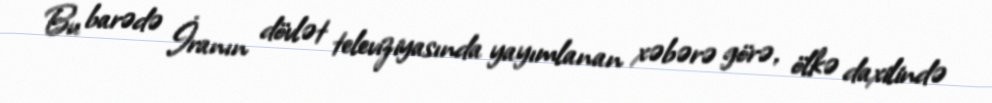
Bu barədə İranın dövlət televiziyasında yayımlanan xəbərə görə, ölkə daxilində